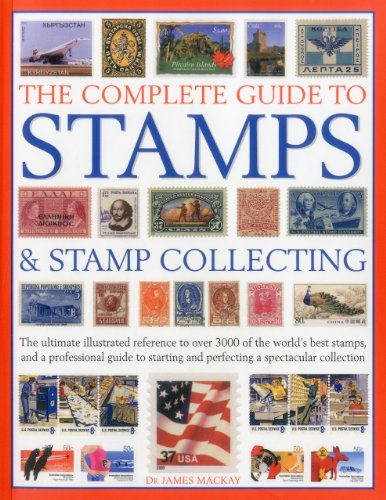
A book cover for The Complete Guide to Stamps & Stamp Collecting: The ultimate illustrated reference to over 3000 of the world's best stamps, and a professional guide ... and perfecting a spectacular collection; James Mackay; Crafts, Hobbies & Home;